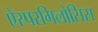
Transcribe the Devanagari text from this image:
ऐस्परगिलोसिस